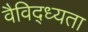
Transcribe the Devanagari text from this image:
वैविद्ध्यता